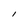
Character: l